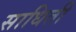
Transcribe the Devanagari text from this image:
साधिती